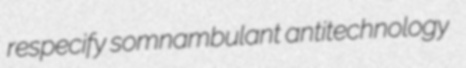
respecify somnambulant antitechnology